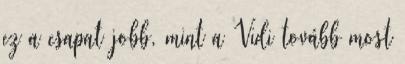
ez a csapat jobb, mint a Vidi tovább most